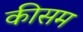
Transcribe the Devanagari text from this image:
कीसम